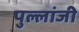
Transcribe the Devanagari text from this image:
पुल्लांजी